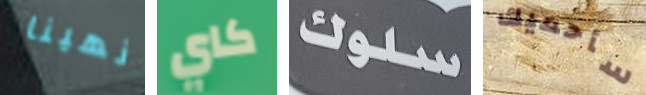
انهينا كاي سلوك سأحميك